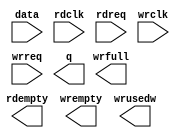
module fifo_301x128 (
	data,
	rdclk,
	rdreq,
	wrclk,
	wrreq,
	q,
	rdempty,
	wrempty,
	wrfull,
	wrusedw);

	input	[300:0]  data;
	input	  rdclk;
	input	  rdreq;
	input	  wrclk;
	input	  wrreq;
	output	[300:0]  q;
	output	  rdempty;
	output	  wrempty;
	output	  wrfull;
	output	[6:0]  wrusedw;

endmodule